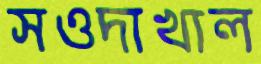
সওদাখাল